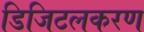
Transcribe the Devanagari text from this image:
डिजिटलकरण